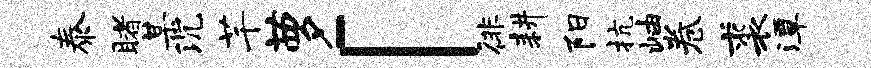
泰睹某沉芊萝「徘耕阳抗岫卷裘潭